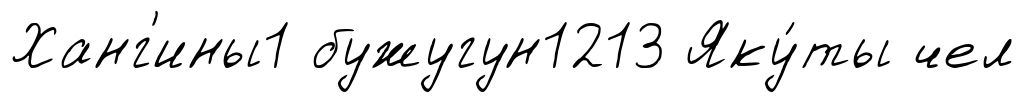
Ханг'ины1 бужугун1213 Яку́ты чел